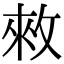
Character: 𢽟